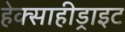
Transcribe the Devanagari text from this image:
हेक्साहीड्राइट